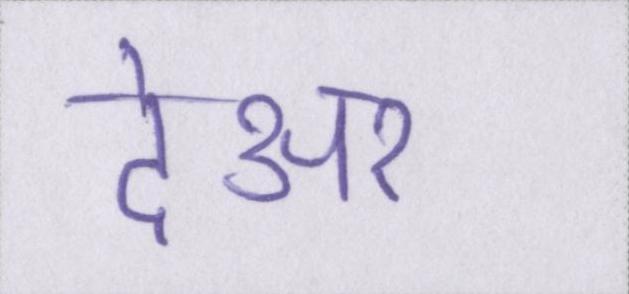
देअर